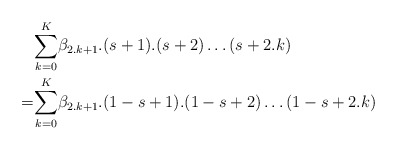
\begin{align*}&\underset{k=0}{\overset{K}{\sum }}\beta _{2.k+1}.(s+1).(s+2)\ldots (s+2.k)\\=&\underset{k=0}{\overset{K}{\sum }}\beta _{2.k+1}.(1-s+1).(1-s+2)\ldots (1-s+2.k) \end{align*}